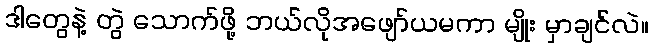
ဒါတွေနဲ့ တွဲ သောက်ဖို့ ဘယ်လိုအဖျော်ယမကာ မျိုး မှာချင်လဲ။